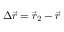
\Delta \vec { r } = \vec { r } _ { 2 } - \vec { r }